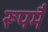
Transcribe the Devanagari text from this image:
रूपमै